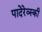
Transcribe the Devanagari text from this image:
पादेरेव्स्की